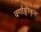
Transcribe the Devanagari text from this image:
वर्णाङ्गीकृत